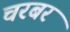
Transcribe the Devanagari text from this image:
चरबर